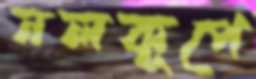
নলকূপে